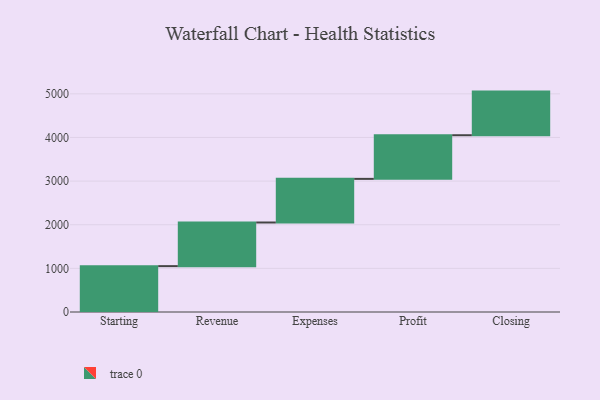
{"axis": {"x": "Step", "y": "Value"}, "legend": [""], "data": [{"x": "Starting", "y": 1051.0, "type": ""}, {"x": "Revenue", "y": 1000, "type": ""}, {"x": "Expenses", "y": 1000, "type": ""}, {"x": "Profit", "y": 1000, "type": ""}, {"x": "Closing", "y": 1000, "type": ""}]}